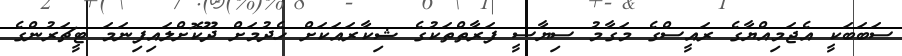
ސަބަބަކީ އެޖަމިއްޔާގެ ރައީސްގެ މަގާމު ސިޔާސީ ފަރާތްތަކުގެ ޝިކާރައަކަށް ހެދުމަށް ދޫކޮށްލައިފިނަމަ ޓީޗަރުންގެ